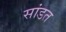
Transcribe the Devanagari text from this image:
सांडत